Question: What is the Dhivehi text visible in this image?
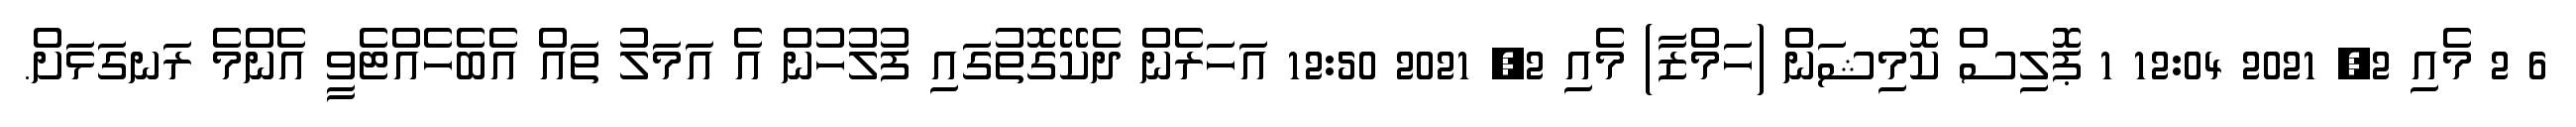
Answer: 6 2 މެއި 2, 2021 12:04 1 ޕޮލިސް ކޮމިޝަން (ހަމްޒާ) މެއި 2, 2021 12:50 އަހަރެން ދެކޭގޮތުގައި ފުލުހުން އެ އަމަލު ތައް އެބެހެއްޓެވީ އެންމެ ރަނގަޅަށް.